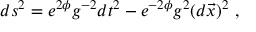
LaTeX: d s ^ { 2 } = e ^ { 2 \phi } g ^ { - 2 } d t ^ { 2 } - e ^ { - 2 \phi } g ^ { 2 } ( d \vec { x } ) ^ { 2 } \ ,